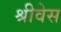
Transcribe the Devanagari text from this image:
श्रीवेस